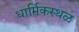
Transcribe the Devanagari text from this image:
धार्मिकस्थळ